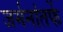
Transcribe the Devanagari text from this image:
जर्मनांतर्फे